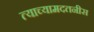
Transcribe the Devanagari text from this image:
त्याच्यामदतनीस